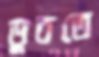
ডুবতে